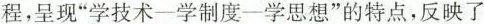
程，呈现”学技术一学制度一学思想”的特点，反映了